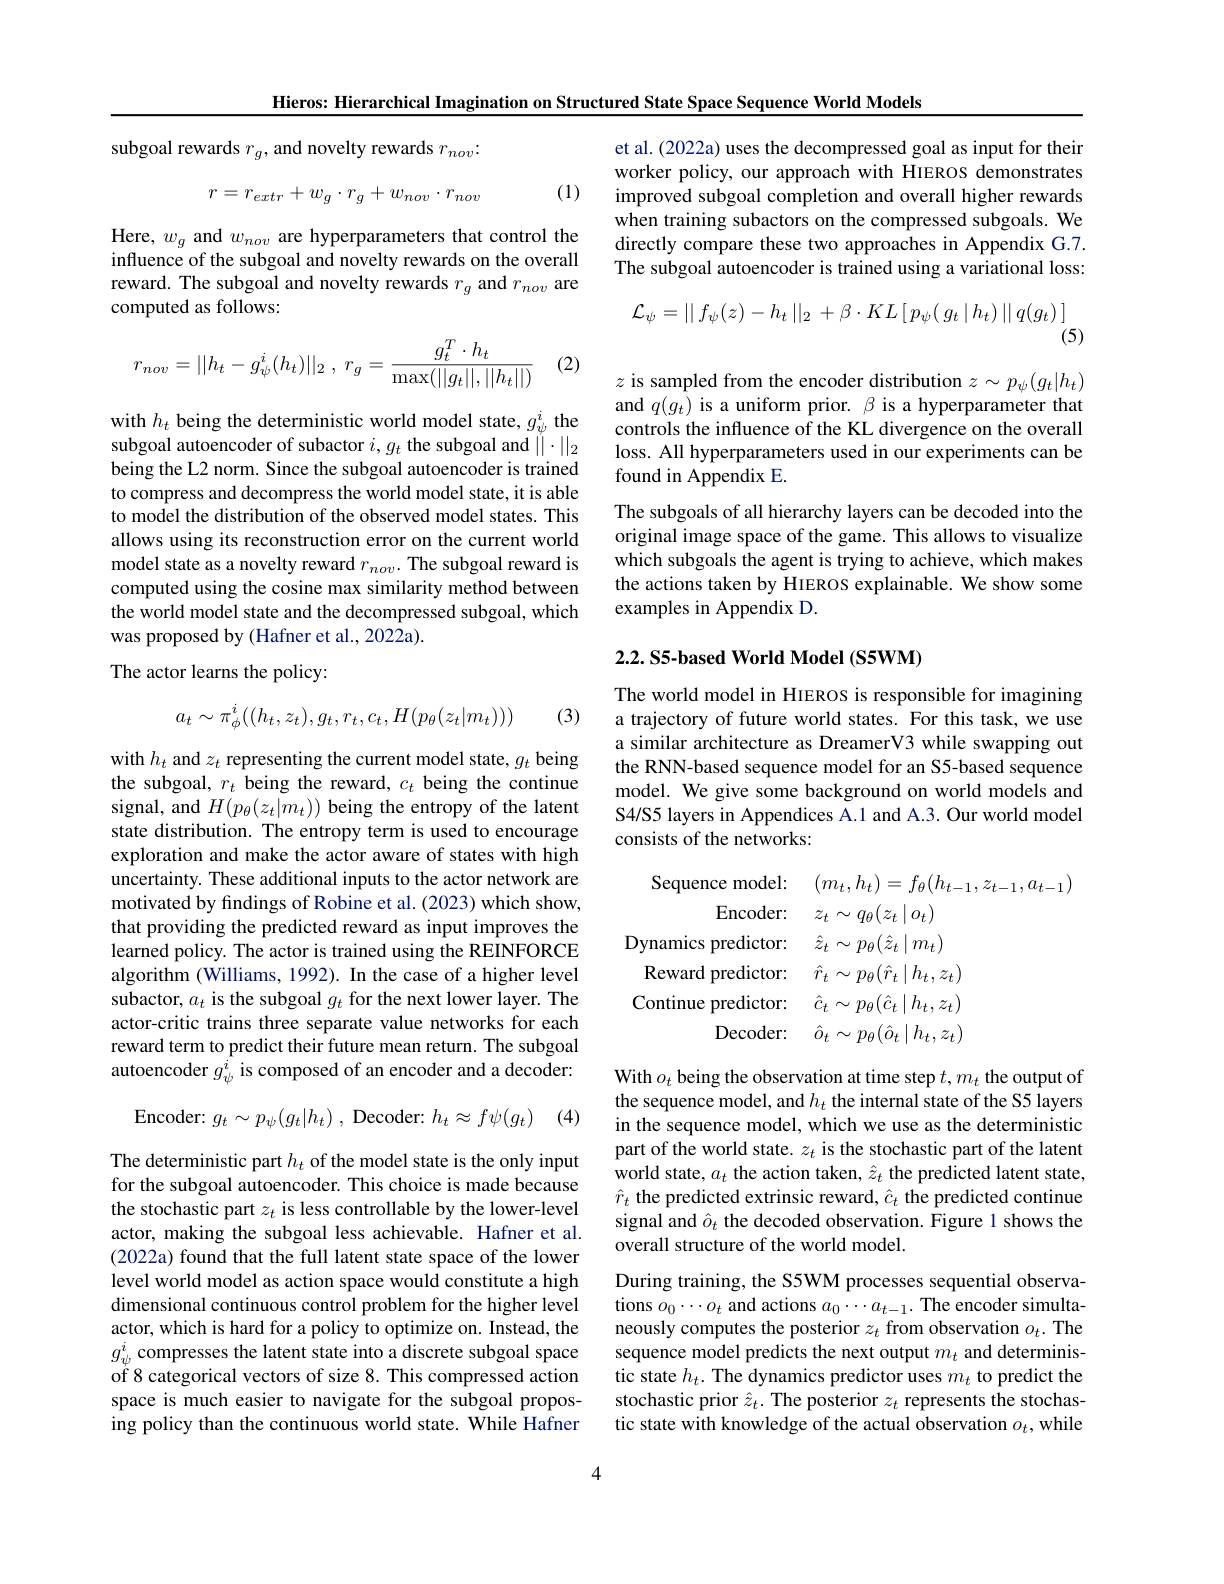
Hieros: Hierarchical Imagination on Structured State Space Sequence World Models

subgoal rewards $r_g$, and novelty rewards $r_nov\vdots$
$$r=r_{extr}+w_{g}\cdot r_{g}+w_{nov}\cdot r_{nov}$$
(1)

Here, $w_g$ and $w_{nov}$ are hyperparameters that control the influence of the subgoal and novelty rewards on the overall reward. The subgoal and novelty rewards $r_g$ and $r_nov$ are computed as follows:
$$r_{nov}=||h_t-g_\psi^i(h_t)||_2\:,\:r_g=\frac{g_t^T\cdot h_t}{\max(||g_t||,||h_t||)}$$
(2)

with $h_t$ being the deterministic world model state, $g_\psi^i$ the subgoal autoencoder of subactor $i,g_t$ the subgoal and $\|\cdot\|_2$ being the L2 norm. Since the subgoal autoencoder is trained to compress and decompress the world model state, it is able to model the distribution of the observed model states. This allows using its reconstruction error on the current world model state as a novelty reward $r_{nov}.$ The subgoal reward is computed using the cosine max similarity method between the world model state and the decompressed subgoal, which was proposed by (Hafner et al., 2022a).
The actor learns the policy:
$$a_{t}\sim\pi_{\phi}^{i}((h_{t},z_{t}),g_{t},r_{t},c_{t},H(p_{\theta}(z_{t}|m_{t})))$$
(3)

with $h_t$ and $z_t$ representing the current model state, $g_t$ being the subgoal, $r_t$ being the reward, $c_t$ being the continue signal, and $H(p_\theta(z_t|m_t))$ being the entropy of the latent state distribution. The entropy term is used to encourage exploration and make the actor aware of states with high uncertainty. These additional inputs to the actor network are motivated by findings of Robine et al. (2023) which show, that providing the predicted reward as input improves the learned policy. The actor is trained using the REINFORCE algorithm (Williams, 1992). In the case of a higher level subactor, $a_t$ is the subgoal $g_t$ for the next lower layer. The actor-critic trains three separate value networks for each reward term to predict their future mean return. The subgoal autoencoder $g_\psi^i$ is composed of an encoder and a decoder:

Encoder: $g_t\sim p_\psi(g_t|h_t)$, Decoder: $h_t\approx f\psi ( g_t)$ (4)

The deterministic part $h_t$ of the model state is the only input for the subgoal autoencoder. This choice is made because the stochastic part $z_t$ is less controllable by the lower-level actor, making the subgoal less achievable. Hafner et al. (2022a) found that the full latent state space of the lower level world model as action space would constitute a high dimensional continuous control problem for the higher level actor, which is hard for a policy to optimize on. Instead, the $g_\psi^i$ compresses the latent state into a discrete subgoal space of 8 categorical vectors of size 8. This compressed action space is much easier to navigate for the subgoal proposing policy than the continuous world state. While Hafner

et al. (2022a) uses the decompressed goal as input for their worker policy, our approach with HIEROS demonstrates improved subgoal completion and overall higher rewards when training subactors on the compressed subgoals. We directly compare these two approaches in Appendix G.7. The subgoal autoencoder is trained using a variational loss:
$$\mathcal{L}_{\psi}=\mid\mid f_{\psi}(z)-h_{t}\mid\mid_{2}\:+\beta\cdot KL\left[\:p_{\psi}(\:g_{t}\mid h_{t})\mid\mid q(g_{t})\:\right]\\(5)$$
$z$ is sampled from the encoder distribution $z\sim p_\psi(g_t|h_t)$ and $q(g_t)$ is a uniform prior. $\beta$ is a hyperparameter that controls the influence of the KL divergence on the overall loss. All hyperparameters used in our experiments can be found in Appendix E.

The subgoals of all hierarchy layers can be decoded into the original image space of the game. This allows to visualize which subgoals the agent is trying to achieve, which makes the actions taken by HIEROS explainable. We show some examples in Appendix D.

## 2.2. S5-based World Model (S5WM)

The world model in HIEROS is responsible for imagining a trajectory of future world states. For this task, we use a similar architecture as DreamerV3 while swapping out the RNN-based sequence model for an S5-based sequence model. We give some background on world models and S4/S5 layers in Appendices A.1 and A.3. Our world model consists of the networks:
$$\begin{aligned}\text{Sequence model:}&(m_{t},h_{t})=f_{\theta}(h_{t-1},z_{t-1},a_{t-1})\\\text{Encoder:}&z_{t}\sim q_{\theta}(z_{t}\mid o_{t})\\\text{Dynamics predictor:}&\hat{z}_{t}\sim p_{\theta}(\hat{z}_{t}\mid m_{t})\\\text{Reward predictor:}&\hat{r}_{t}\sim p_{\theta}(\hat{r}_{t}\mid h_{t},z_{t})\\\text{Continue predictor:}&\hat{c}_{t}\sim p_{\theta}(\hat{c}_{t}\mid h_{t},z_{t})\\\text{Decoder:}&\hat{o}_{t}\sim p_{\theta}(\hat{o}_{t}\mid h_{t},z_{t})\end{aligned}$$
With $o_t$ being the observation at time step $t,m_t$ the output of the sequence model, and $h_t$ the internal state of the S5 layers in the sequence model, which we use as the deterministic part of the world state. $z_t$ is the stochastic part of the latent world state, $a_t$ the action taken, $\hat{z}_t$ the predicted latent state, $\hat{r}_t$ the predicted extrinsic reward, $\hat{c}_t$ the predicted continue signal and $\hat{o}_t$ the decoded observation. Figure 1 shows the overall structure of the world model.
During training, the S5WM processes sequential observations $o_0\cdots o_t$ and actions $a_0\cdots a_t-1.$ The encoder simultaneously computes the posterior $z_t$ from observation $o_t.$ The sequence model predicts the next output $m_t$ and deterministic state $h_t.$ The dynamics predictor uses $m_t$ to predict the stochastic prior $\hat{z}_t.$ The posterior $z_t$ represents the stochastic state with knowledge of the actual observation $o_t$,while

4